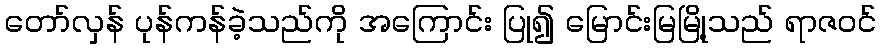
တော်လှန် ပုန်ကန်ခဲ့သည်ကို အကြောင်း ပြု၍ မြောင်းမြမြို့သည် ရာဇဝင်